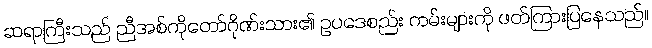
ဆရာကြီးသည် ညီအစ်ကိုတော်ဂိုဏ်းသား၏ ဥပဒေစည်း ကမ်းများကို ဖတ်ကြားပြနေသည်။